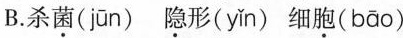
B.杀\underset{·}{菌}( jūn )\underset{·}{隐}形( yǐn )细\underset{·}{胞}( bāo )